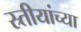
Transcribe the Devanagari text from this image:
स्र्तीयांच्या